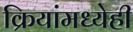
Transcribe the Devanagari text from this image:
क्रियांमध्येही